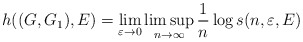
\begin{align*}h((G,G_1),E)=\lim_{\varepsilon\to0}\limsup_{n\to\infty}\frac{1}{n}\log s(n,\varepsilon, E)\end{align*}